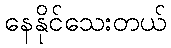
နေနိုင်သေးတယ်